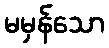
မမှန်သော